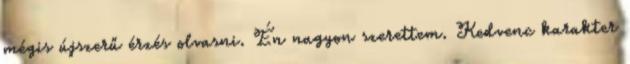
mégis újszerű érzés olvasni. Én nagyon szerettem. Kedvenc karakter